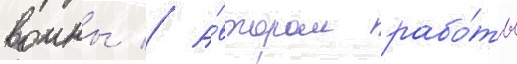
воины // А́втором рабо́ты